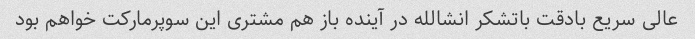
عالی سریع بادقت باتشکر انشالله در آینده باز هم مشتری این سوپرمارکت خواهم بود